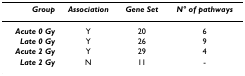
<table><thead><tr><td><b><i>Group</i></b></td><td><b><i>Association</i></b></td><td><b><i>Gene Set</i></b></td><td><b><i>N° of pathways</i></b></td></tr></thead><tbody><tr><td><b><i>Acute 0 Gy</i></b></td><td>Y</td><td>20</td><td>6</td></tr><tr><td><b><i>Late 0 Gy</i></b></td><td>Y</td><td>26</td><td>9</td></tr><tr><td><b><i>Acute 2 Gy</i></b></td><td>Y</td><td>29</td><td>4</td></tr><tr><td><b><i>Late 2 Gy</i></b></td><td>N</td><td>11</td><td>-</td></tr></tbody></table>